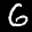
Digit: 6